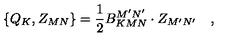
\left\{ Q _ { K } , Z _ { M N } \right\} = \frac 1 2 B _ { K M N } ^ { M ^ { \prime } N ^ { \prime } } \cdot Z _ { M ^ { \prime } N ^ { \prime } } \quad ,